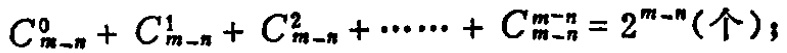
\(C_{m - n}^{0}+C_{m - n}^{1}+C_{m - n}^{2}+\cdots\cdots +C_{m - n}^{m - n}=2^{m - n}(\text{个})\)；